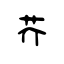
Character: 芥